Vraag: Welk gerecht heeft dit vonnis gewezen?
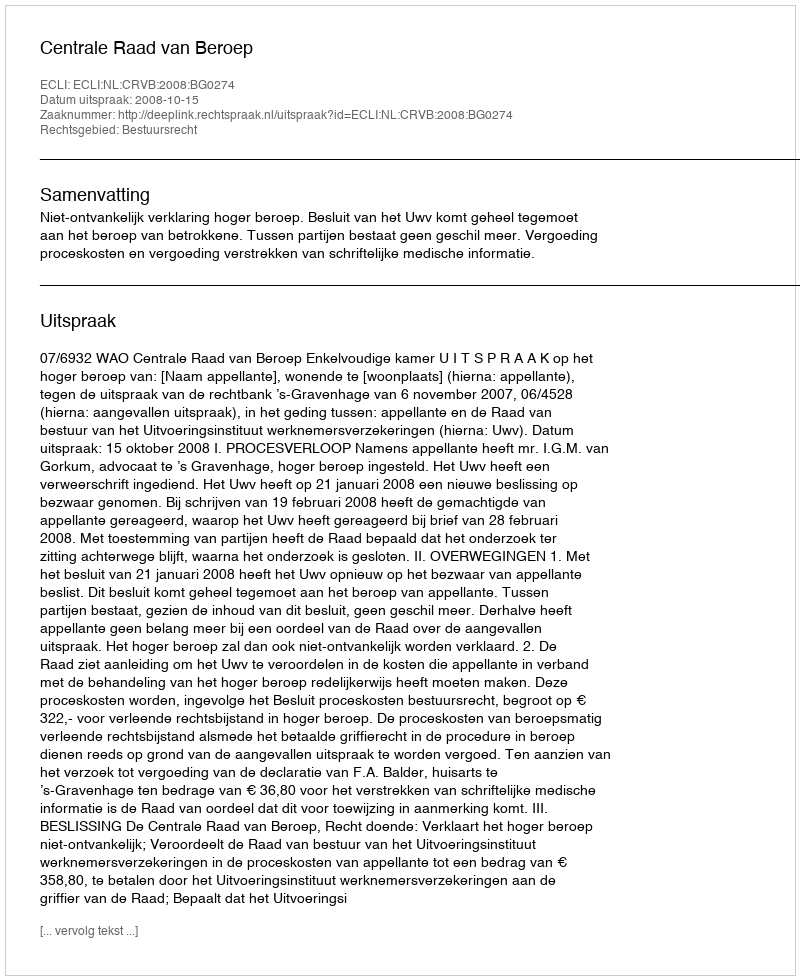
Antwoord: Centrale Raad van Beroep